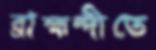
ব্রাহ্মন্দীতে